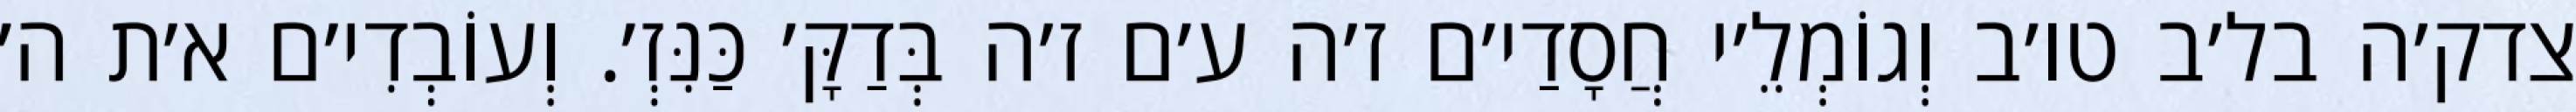
צדק׳ה בל׳ב טו׳ב וְגוֹמְלֵ׳י חֲסָדַי׳ם ז׳ה ע׳ם ז׳ה בְּדַקָּ׳ כַּנִּזְ׳. וְעוֹבְדִי׳ם א׳ת ה׳